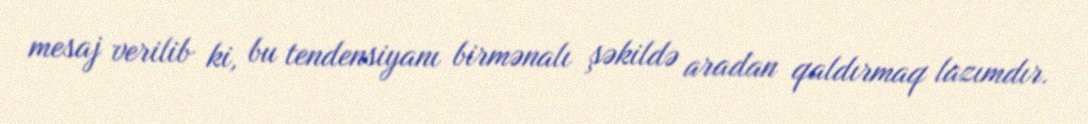
mesaj verilib ki, bu tendensiyanı birmənalı şəkildə aradan qaldırmaq lazımdır.